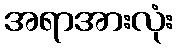
အရာအားလုံး